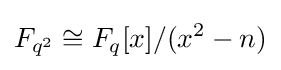
F_{q^{2}}\cong F_{q}[x]/(x^{2}-n)